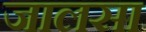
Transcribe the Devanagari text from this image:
जालसा